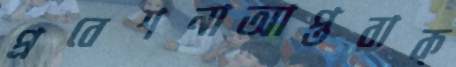
প্রবেশনাআপ্তবাক্